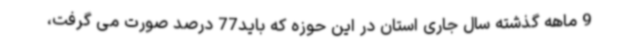
9 ماهه گذشته سال جاری استان در این حوزه که باید77 درصد صورت می گرفت،